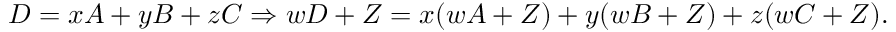
D = x A + y B + z C \Rightarrow w D + Z = x ( w A + Z ) + y ( w B + Z ) + z ( w C + Z ) .